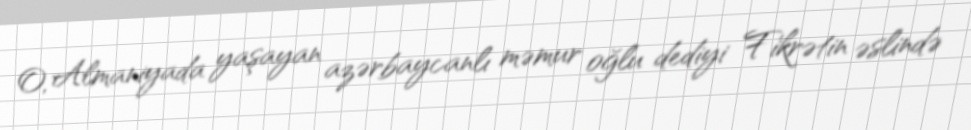
O, Almaniyada yaşayan azərbaycanlı məmur oğlu dediyi Fikrətin əslində